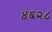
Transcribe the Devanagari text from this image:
४६२८